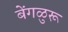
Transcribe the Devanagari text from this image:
बेंगळुरू